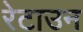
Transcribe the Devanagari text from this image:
रेटाउन